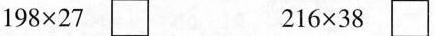
$$1 9 8 \times 2 7$$ $$2 1 6 \times 3 8$$